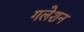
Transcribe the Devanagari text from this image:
गलेशन